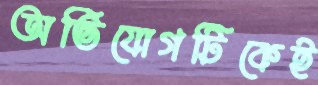
অভিযোগটিকেই